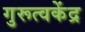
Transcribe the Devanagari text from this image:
गुरूत्वकेंद्र